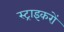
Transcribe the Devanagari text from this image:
स्ट्राइकरों